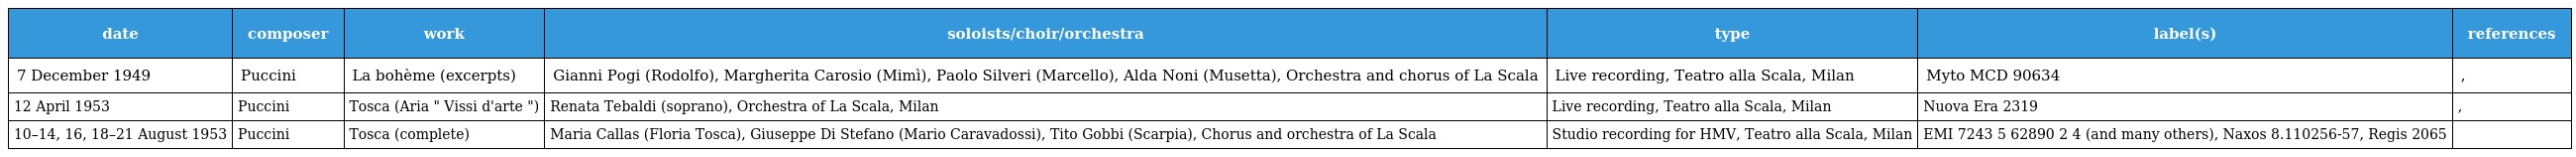
| date | composer | work | soloists/choir/orchestra | type | label(s) | references |
 | --- | --- | --- | --- | --- | --- | --- |
 | 7 December 1949 | Puccini | La bohème (excerpts) | Gianni Pogi (Rodolfo), Margherita Carosio (Mimì), Paolo Silveri (Marcello), Alda Noni (Musetta), Orchestra and chorus of La Scala | Live recording, Teatro alla Scala, Milan | Myto MCD 90634 | , |
 | 12 April 1953 | Puccini | Tosca (Aria " Vissi d'arte ") | Renata Tebaldi (soprano), Orchestra of La Scala, Milan | Live recording, Teatro alla Scala, Milan | Nuova Era 2319 | , |
 | 10–14, 16, 18–21 August 1953 | Puccini | Tosca (complete) | Maria Callas (Floria Tosca), Giuseppe Di Stefano (Mario Caravadossi), Tito Gobbi (Scarpia), Chorus and orchestra of La Scala | Studio recording for HMV, Teatro alla Scala, Milan | EMI 7243 5 62890 2 4 (and many others), Naxos 8.110256-57, Regis 2065 |  |